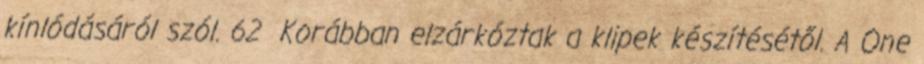
kínlódásáról szól. 62 Korábban elzárkóztak a klipek készítésétől. A One